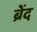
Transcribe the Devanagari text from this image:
ब्रेंद